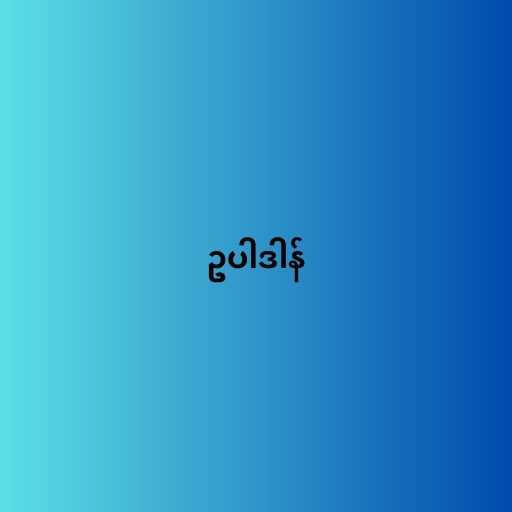
ဥပါဒါန်